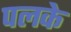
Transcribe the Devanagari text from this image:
पलके